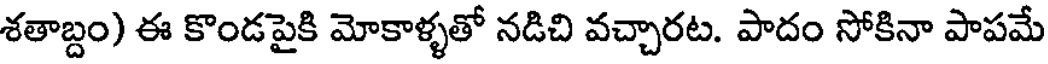
శతాబ్దం) ఈ కొండపైకి మోకాళ్ళతో నడిచి వచ్చారట. పాదం సోకినా పాపమే